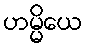
ဟမ္မိယေ